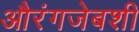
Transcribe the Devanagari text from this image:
औरंगजेबशी